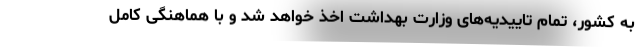
به کشور، تمام تاییدیه‌های وزارت بهداشت اخذ خواهد شد و با هماهنگی کامل